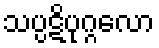
သပ္ပဋိပုဂ္ဂလော